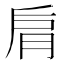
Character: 𦚌